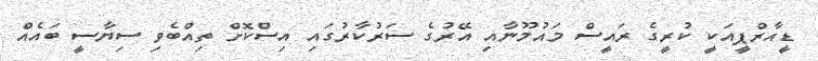
ޑީއާރްޕީއަކީ ކުރީގެ ރައީސް މައުމޫނާއި އޭރުގެ ސަރުކާރުގައި އިސްކޮށް ތިއްބެވި ސިޔާސީ ބައެއް